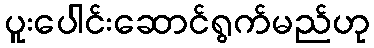
ပူးပေါင်းဆောင်ရွက်မည်ဟု